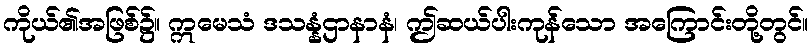
ကိုယ်၏အဖြစ်၌။ ဣမေသံ ဒသန္နံဌာနာနံ၊ ဤဆယ်ပါးကုန်သော အကြောင်းတို့တွင်။